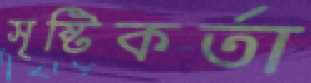
সৃষ্টিকর্তা